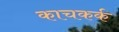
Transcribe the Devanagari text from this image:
काचकर्क